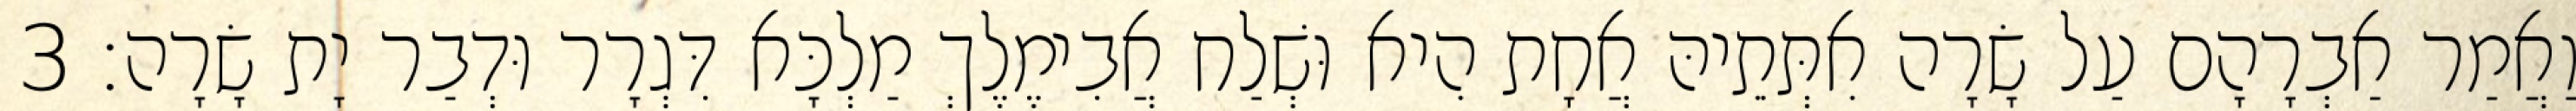
וַאֲמַר אַבְרָהָם עַל שָׂרָה אִתְּתֵיהּ אֲחָת הִיא וּשְׁלַח אֲבִימֶלֶךְ מַלְכָּא דִּגְרָר וּדְבַר יָת שָׂרָה׃ 3